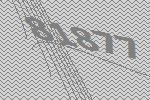
81877